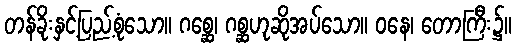
တန်ခိုးနှင့်ပြည့်စုံသော။ ဂစ္ဆေ၊ ဂစ္ဆဟုဆိုအပ်သော။ ဝနေ၊ တောကြီး၌။